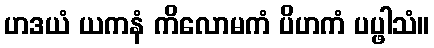
ဟဒယံ ယကနံ ကိလောမကံ ပိဟကံ ပပ္ဖါသံ။